Civil Veterinary Department. Central Provinces & Berar 1932-41 - 1932-1941
Year: 1932
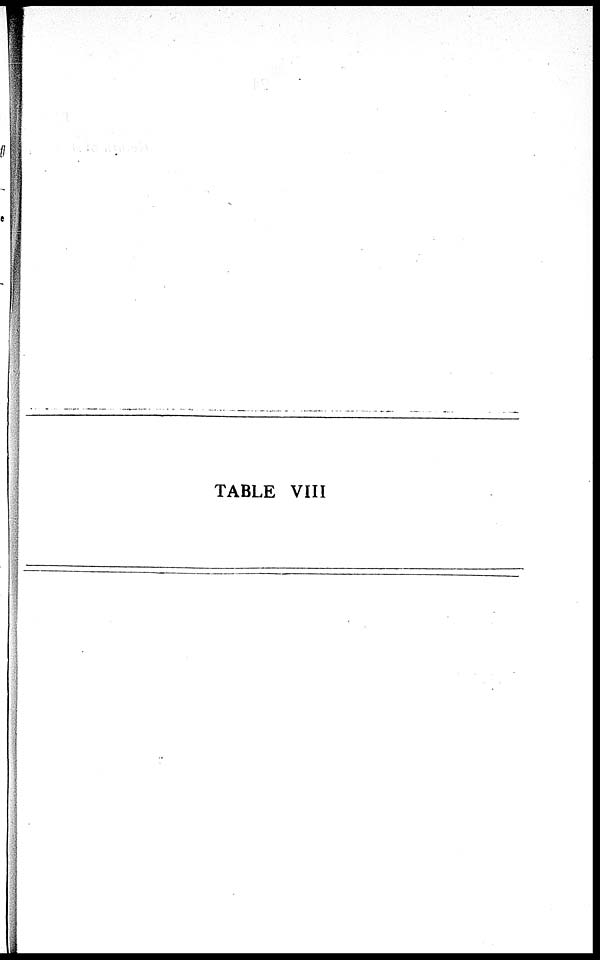
TABLE VIII